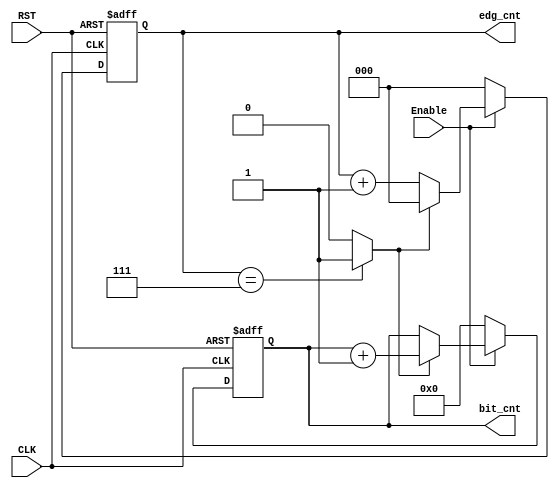
module edge_bit_counter #( parameter BIT_COUNTER_WIDTH = 4,
                                     EDGE_COUNTER_WIDTH = 3
                         )
(
input   wire                                CLK     ,
input   wire                                RST     ,
input   wire                                Enable  ,
output  reg     [BIT_COUNTER_WIDTH-1:0]     bit_cnt ,
output  reg     [EDGE_COUNTER_WIDTH-1:0]    edg_cnt   
);

localparam  edg_cnt_max = (2 ** EDGE_COUNTER_WIDTH) - 1 ;

// Internal Signals
wire    edg_cnt_dn ;

// Edge Counter
always @(posedge CLK or negedge RST)
  begin
    if(!RST)
      begin
        edg_cnt <= 'b0 ;
      end
    else if(Enable)
      begin
        if(edg_cnt_dn)
         begin
            edg_cnt <= 'b0 ;
         end
        else
         begin
            edg_cnt <= edg_cnt + 'b1 ;
         end
      end
    else
      begin
        edg_cnt <= 'b0 ;
      end
  end

assign edg_cnt_dn = (edg_cnt == edg_cnt_max) ? 1'b1 : 1'b0 ;

// bit counter 
always @ (posedge CLK or negedge RST)
 begin
  if(!RST)
   begin
    bit_cnt <= 'b0 ;
   end
  else if(Enable)
   begin
    if (edg_cnt_dn)
	 begin
      bit_cnt <= bit_cnt + 'b1 ;
	 end
   end 
  else
   begin
    bit_cnt <= 'b0 ;
   end	
 end 

endmodule